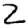
Digit: 2